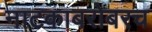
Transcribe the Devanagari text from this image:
नाटकाबरोबरच